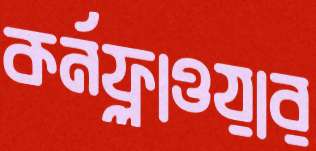
কর্নফ্লাওয়ার